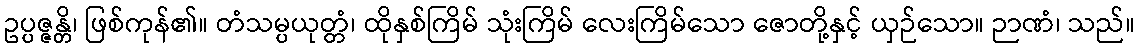
ဥပ္ပဇ္ဇန္တိ၊ ဖြစ်ကုန်၏။ တံသမ္ပယုတ္တံ၊ ထိုနှစ်ကြိမ် သုံးကြိမ် လေးကြိမ်သော ဇောတို့နှင့် ယှဉ်သော။ ဉာဏံ၊ သည်။